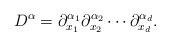
LaTeX: \begin{align*}D^{\alpha} = \partial^{\alpha_1}_{x_1}\partial^{\alpha_2}_{x_2}\cdots\partial^{\alpha_d}_{x_d}.\end{align*}